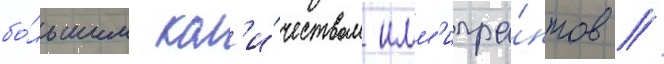
бо́льшим кол'и́чеством имм'игра́нтов /